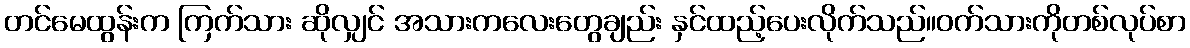
တင်မေထွန်းက ကြက်သား ဆိုလျှင် အသားကလေးတွေချည်း နှင်ထည့်ပေးလိုက်သည်။ဝက်သားကိုတစ်လုပ်စာ